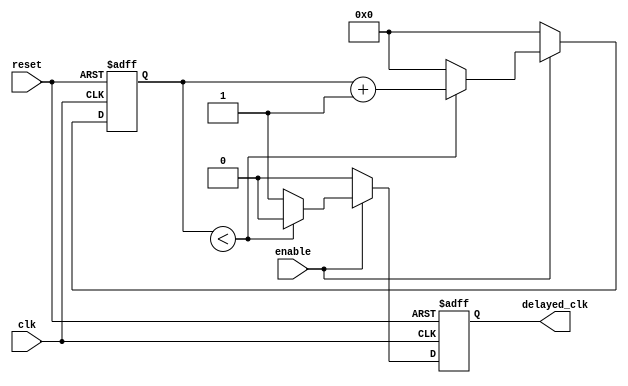
module RC_Delay(
    input wire clk,
    input wire reset,
    input wire enable,
    output reg delayed_clk
);
    
reg [15:0] count;

always @(posedge clk or posedge reset) begin
    if(reset) begin
        count <= 0;
        delayed_clk <= 0;
    end else begin
        if(enable) begin
            if(count < RC_DELAY_VALUE) begin
                count <= count + 1;
                delayed_clk <= 0;
            end else begin
                count <= 0;
                delayed_clk <= 1;
            end
        end else begin
            count <= 0;
            delayed_clk <= 0;
        end
    end
end

endmodule